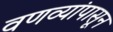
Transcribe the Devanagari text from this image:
वणव्यांपासून